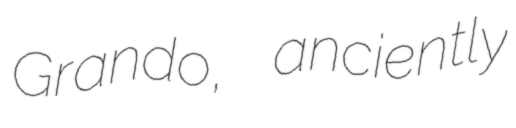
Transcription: Grando, anciently